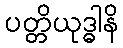
ပတ္တိယုဒ္ဓါနိ